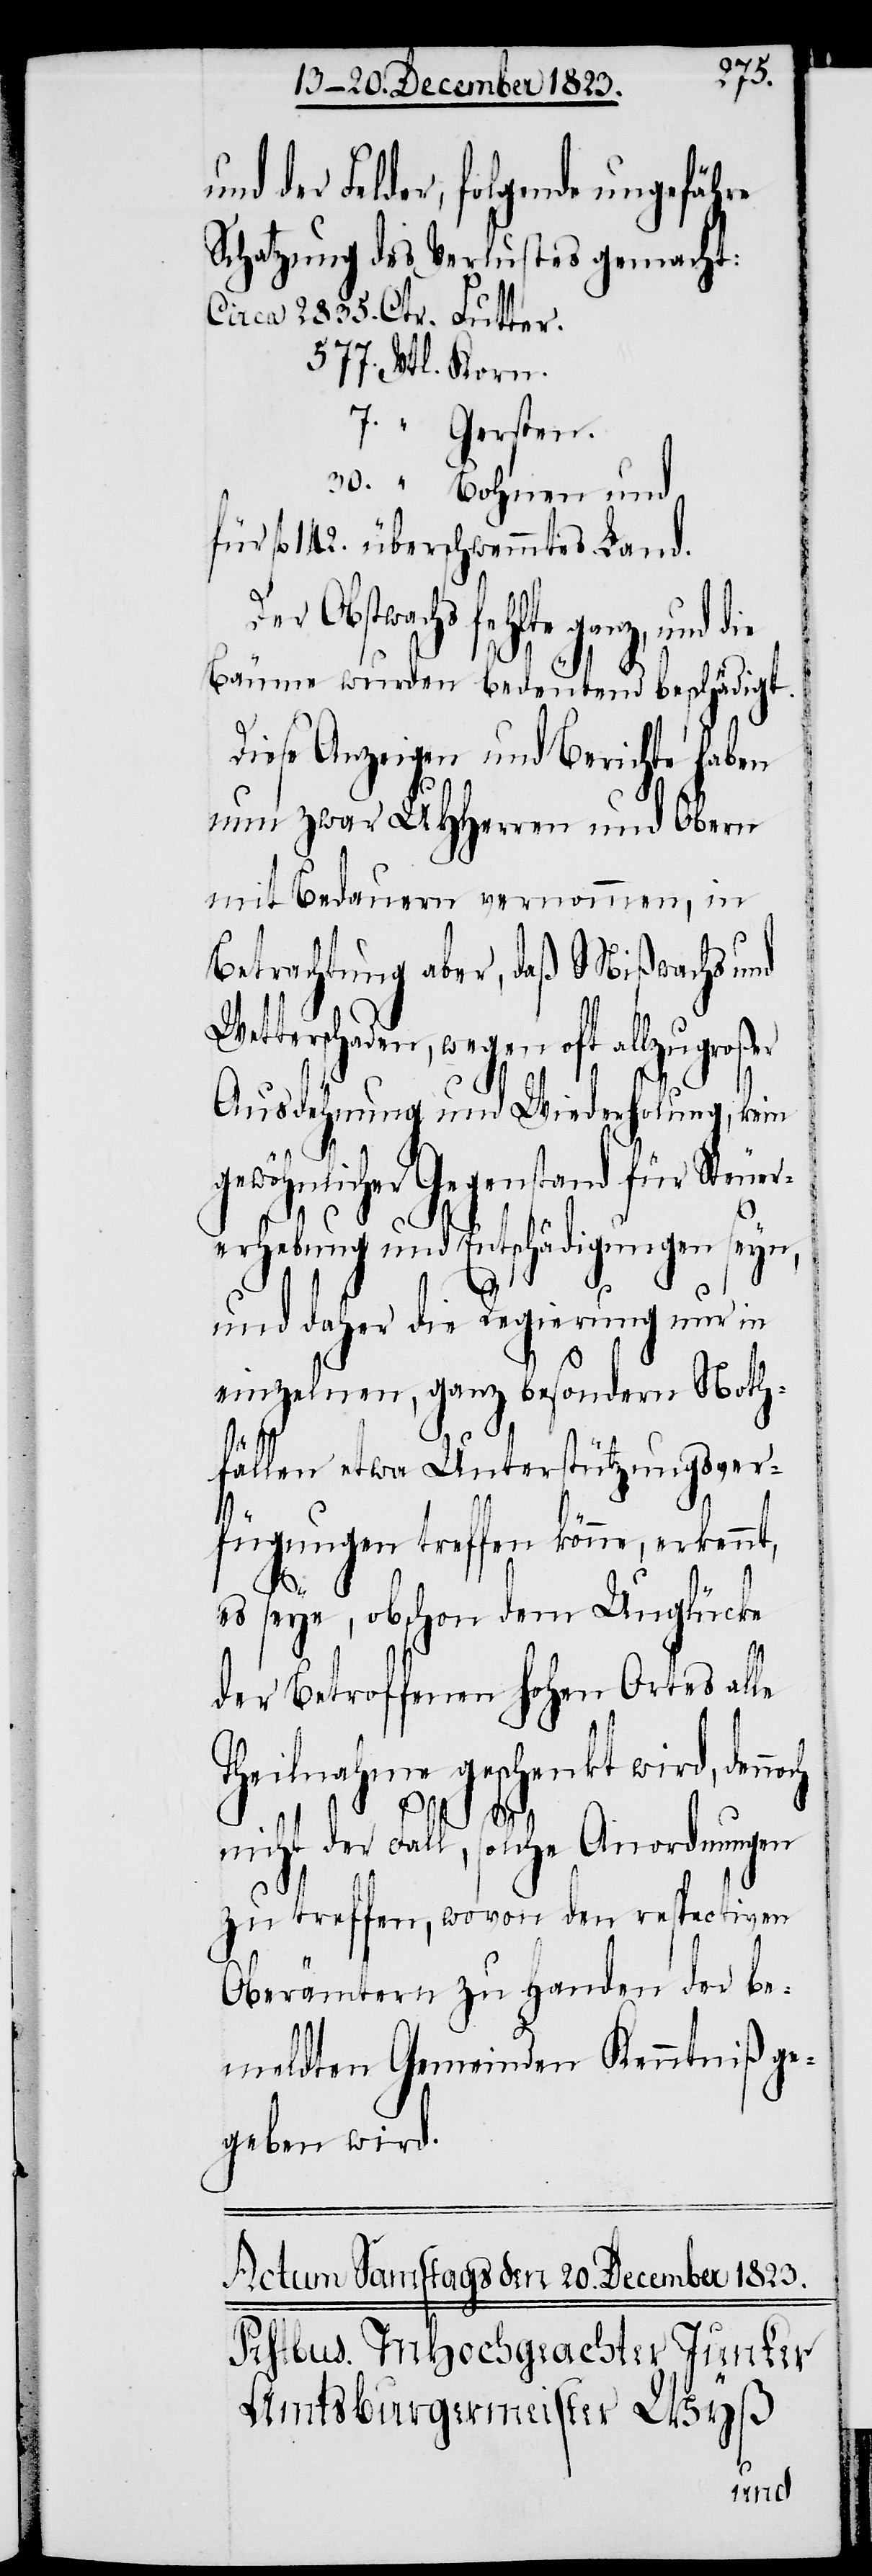
der Felder, folgende ungefähre
Schatzung des Verlustes gemacht:
Circa 2835. Ctr. Futter.
577. Vtl. Korn.
7. „ Gersten.
30. „ Bohnen und
für fl 142. überschwemmtes Land.
Obstwachs fehlte ganz, und
Bäume wurden bedeutend beschädigt.
Diese Anzeigen und Berichte haben
nun zwar UHHerren und Obern
mit Bedauern vernommen, in
Betrachtung aber, daß Mißwachs und
Wetterschaden, wegen oft allzugroßer
Ausdehnung und Wiederholung, kein
gewöhnlicher Gegenstand für Steuer¬
erhebung und Entschädigungen seyn,
und daher die Regierung nur in
einzelnen, ganz besondern Noth¬
fällen etwa Unterstützungsver¬
fügungen treffen könne, erkennt,
es seye, obschon dem Unglücke
der Betroffenen hohen Ortes alle
Theilnahme geschenkt wird, denn¬
och
nicht der Fall, solche Anordnungen
zu treffen, wovon den respectiven
Oberämtern zu Handen der be¬
meldten Gemeinden Kenntniß ge¬
geben wird.
und